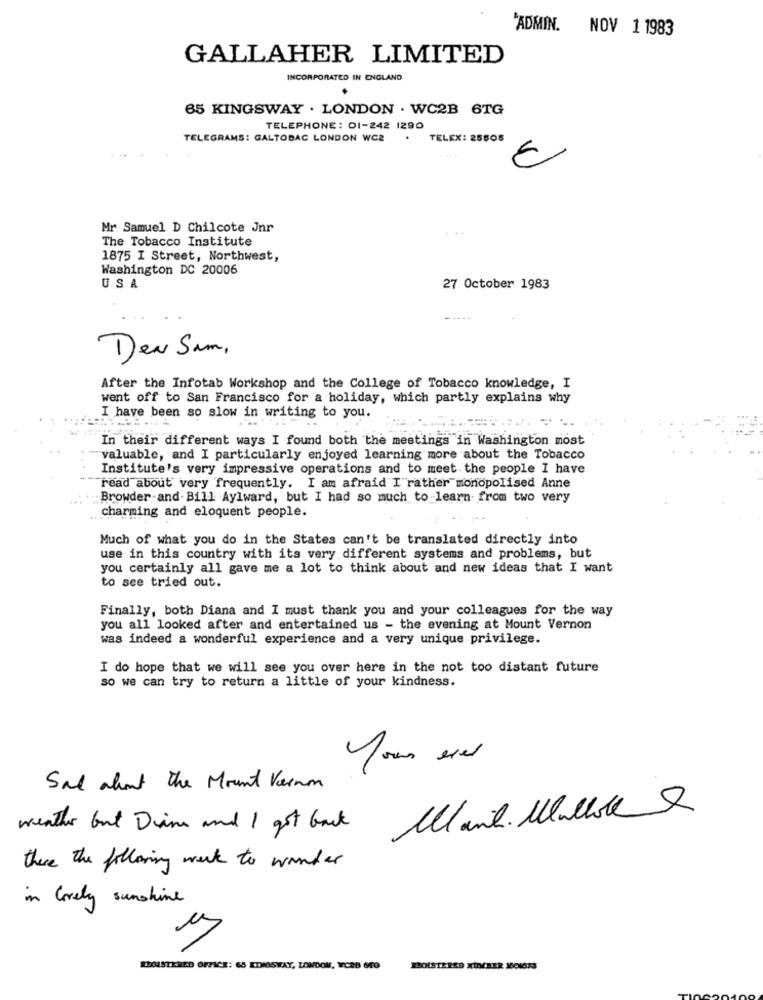
'ADMIN. NOV 1 1983
GALLAHER LIMITED
INCORPORATED IN ENGLAND
65 KINGSWAY . LONDON . WC2B 6TG
TELEPHONE: 01-242 1290
TELEGRAMS: GALTOBAC LONDON WCE
.
TELEX: 25605
Mr Samuel D Chilcote Jnr
The Tobacco Institute
1875 I Street, Northwest,
Washington DC 20006
USA
27 October 1983
Den Sum,
After the Infotab Workshop and the College of Tobacco knowledge, I
went off to San Francisco for a holiday, which partly explains why
I have been so slow in writing to you.
In their different ways I found both the meetings in Washington most
"valuable, and I particularly enjoyed learning more about the Tobacco
Institute's very impressive operations and to meet the people I have
read about very frequently. I am afraid I rather monopolised Anne
Browder-and-Bill Aylward, but I had so much to learn- from two very
charming and eloquent people.
Much of what you do in the States can't be translated directly into
use in this country with its very different systems and problems, but
you certainly all gave me a lot to think about and new ideas that I want
to see tried out.
Finally, both Diana and I must thank you and your colleagues for the way
you all looked after and entertained us - the evening at Mount Vernon
was indeed a wonderful experience and a very unique privilege.
I do hope that we will see you over here in the not too distant future
so we can try to return a little of your kindness.
Your ever
Sal about the Mount Vernon
weather but Dina and I got back Mail. Menlok
there the following week to wonder
in lovely sunshine
5
REGISTERED OFFICE: 65 ETHOSWAY, LONDON, ICED GTO
BOLSTERED XUMBER J801073